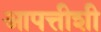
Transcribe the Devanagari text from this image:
आपत्तीशी